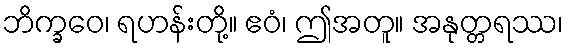
ဘိက္ခဝေ၊ ရဟန်းတို့။ ဧဝံ၊ ဤအတူ။ အနုတ္တရဿ၊